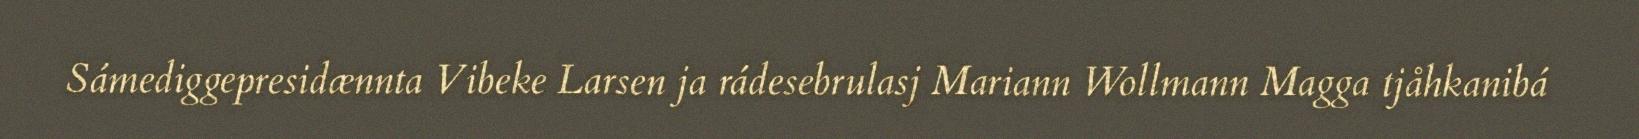
Sámediggepresidænnta Vibeke Larsen ja rádesebrulasj Mariann Wollmann Magga tjåhkanibá